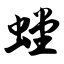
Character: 螳